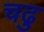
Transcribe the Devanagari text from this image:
चढु